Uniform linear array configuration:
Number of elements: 12
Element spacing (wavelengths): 1
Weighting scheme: hann
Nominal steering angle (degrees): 30
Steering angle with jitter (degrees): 30.467
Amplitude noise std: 0.05
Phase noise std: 0.05

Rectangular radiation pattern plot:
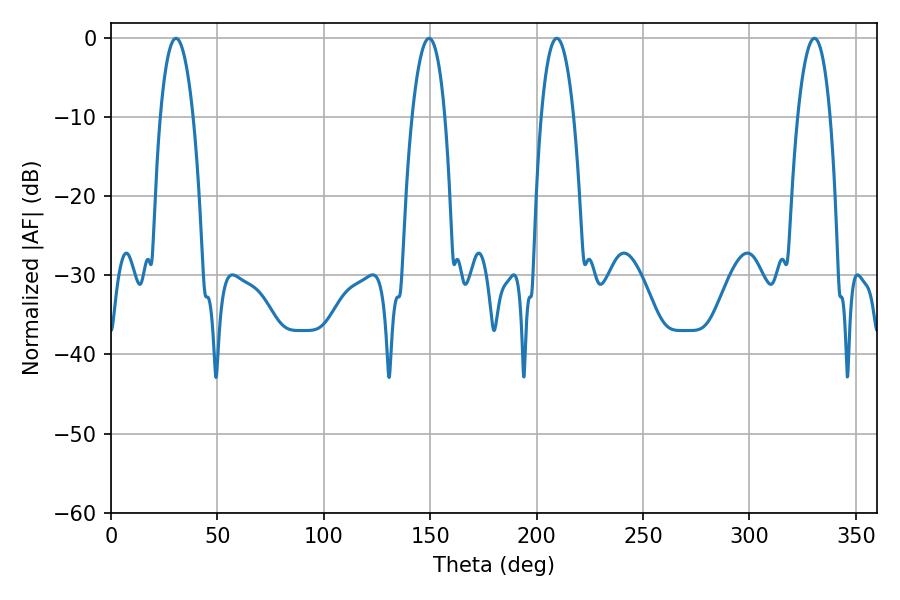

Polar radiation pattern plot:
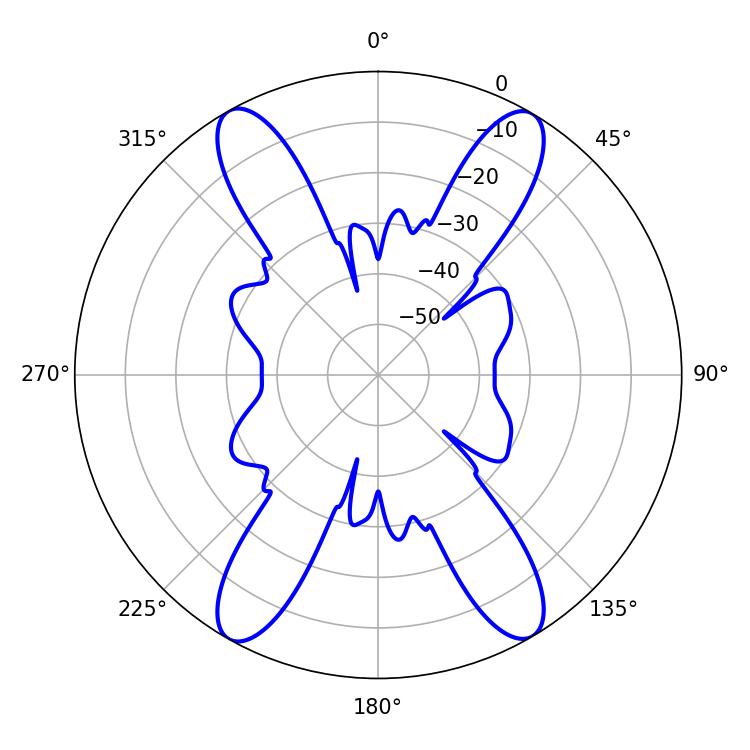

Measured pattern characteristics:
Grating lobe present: TRUE
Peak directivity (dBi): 24.88
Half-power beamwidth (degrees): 8.46
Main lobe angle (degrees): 209.52